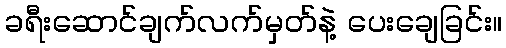
ခရီးဆောင်ချက်လက်မှတ်နဲ့ ပေးချေခြင်း။